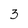
Character: 3